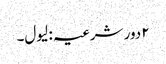
۲ دور شرعیہ : لیول۔